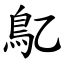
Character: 鳦